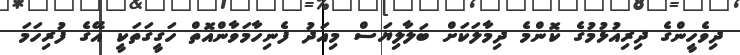
ދިވެހީންގެ ދިރިއުޅުމުގެ ކޮންމެ ދިމާލަކަށް ބަލާލިޔަސް މިއަދު ފެނިހާމަވާންއޮތް ހަގީގަތަކީ އޭގެ ފުރިހަމަ